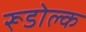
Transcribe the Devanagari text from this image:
रूडोल्क